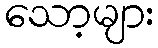
သော့များ